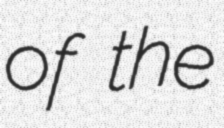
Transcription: of the